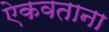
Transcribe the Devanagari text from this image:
ऐकवताना